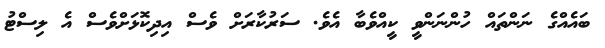
ބައެއްގެ ނަންތައް ހުންނަންވީ ކީއްވެބާ އެވެ. ސަރުކާރަށް ވެސް އިދިކޮޅަށްވެސް އެ ލިސްޓު